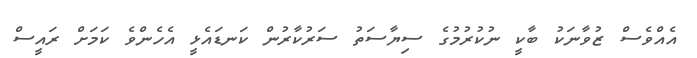
އެއްވެސް ޒުވާނަކު ބާކީ ނުކުރުމުގެ ސިޔާސަތު ސަރުކާރުން ކަނޑައެޅީ އެހެންވެ ކަމަށް ރައީސް